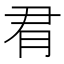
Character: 𪱛